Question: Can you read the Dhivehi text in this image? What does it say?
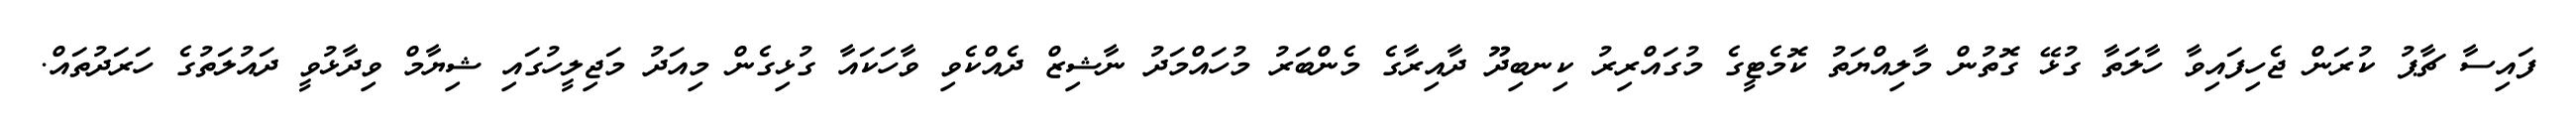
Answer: ފައިސާ ޗާޕު ކުރަން ޖެހިފައިވާ ހާލަތާ ގުޅޭ ގޮތުން މާލިއްޔަތު ކޮމެޓީގެ މުގައްރިރު ކިނބިދޫ ދާއިރާގެ މެންބަރު މުހައްމަދު ނާޝިޒް ދެއްކެވި ވާހަކައާ ގުޅިގެން މިއަދު މަޖިލީހުގައި ޝިޔާމް ވިދާޅުވީ ދައުލަތުގެ ހަރަދުތައް.